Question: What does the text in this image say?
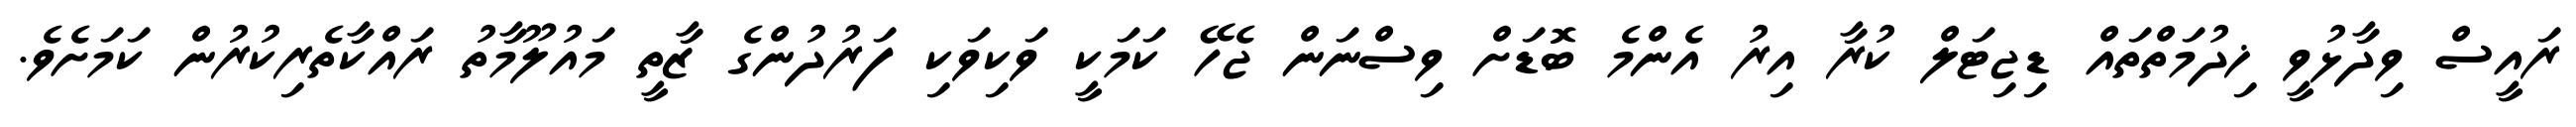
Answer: ރައީސް ވިދާޅުވީ ޚިދުމަތްތައް ޑިޖިޓަލް ކުރާ އިރު އެންމެ ބޮޑަށް ވިސްނަން ޖެހޭ ކަމަކީ ވަކިވަކި ފަރުދުންގެ ޒާތީ މައުލޫމާތު ރައްކާތެރިކުރުން ކަމަށެވެ.